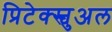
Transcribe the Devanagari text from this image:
प्रिटेक्स्चुअल